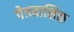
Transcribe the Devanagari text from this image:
पेत्रवासिक